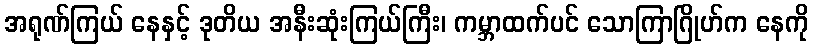
အရုဏ်ကြယ် နေနှင့် ဒုတိယ အနီးဆုံးကြယ်ကြီး၊ ကမ္ဘာထက်ပင် သောကြာဂြိုဟ်က နေကို